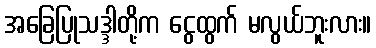
အခြေပြုသဒ္ဒါတို့က ငွေထွက် မလွယ်ဘူးလား။